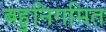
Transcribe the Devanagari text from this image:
बहुनिगमित